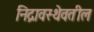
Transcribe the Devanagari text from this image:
निद्रावस्थेवतील